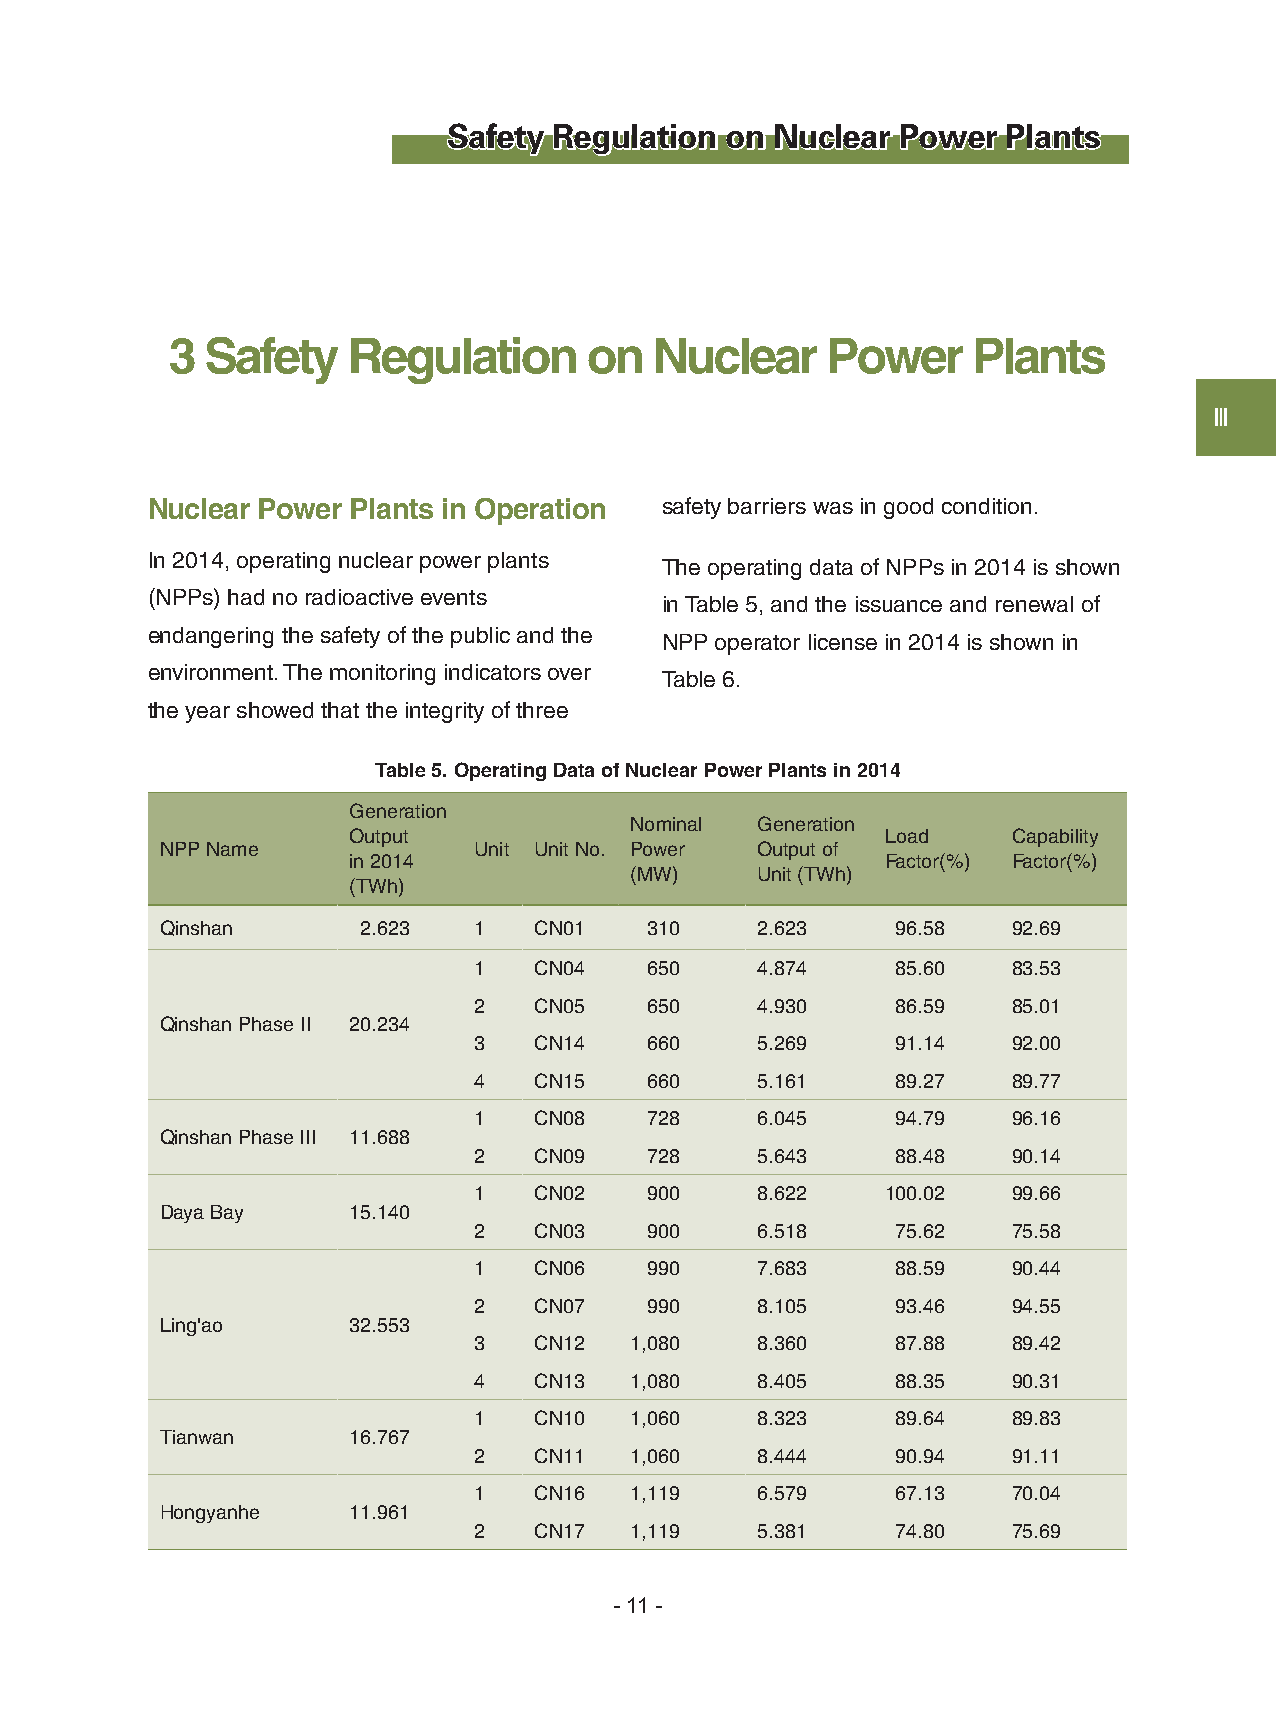
Safety Regulation on Nuclear  Power  Plants
 3  Safety   Regulation      on  Nuclear     Power    Plants
 Ⅲ
 Nuclear Power Plants in Operation safety barriers was in good condition.
 In 2014, operating nuclear power plants
 The operating data of NPPs in 2014 is shown
 (NPPs) had no radioactive events
 in Table 5, and the issuance and renewal of
 endangering the safety of the public and the
 NPP operator license in 2014 is shown in
 environment. The monitoring indicators over
 Table 6.
 the year showed that the integrity of three
 Table 5. Operating Data of Nuclear Power Plants in 2014
 Generation
 Nominal Generation
 Output                              Load    Capability
 NPP Name            Unit Unit No. Power Output of
 in 2014                             Factor(%) Factor(%)
 (MW)    Unit (TWh)
 (TWh)
 Qinshan      2.623  1   CN01    310    2.623    96.58   92.69
 1   CN04    650    4.874    85.60   83.53
 2   CN05    650    4.930    86.59   85.01
 Qinshan Phase II 20.234
 3   CN14    660    5.269    91.14   92.00
 4   CN15    660    5.161    89.27   89.77
 1   CN08    728    6.045    94.79   96.16
 Qinshan Phase III 11.688
 2   CN09    728    5.643    88.48   90.14
 1   CN02    900    8.622    100.02  99.66
 Daya Bay    15.140
 2   CN03    900    6.518    75.62   75.58
 1   CN06    990    7.683    88.59   90.44
 2   CN07    990    8.105    93.46   94.55
 Ling'ao     32.553
 3   CN12   1,080   8.360    87.88   89.42
 4   CN13   1,080   8.405    88.35   90.31
 1   CN10   1,060   8.323    89.64   89.83
 Tianwan     16.767
 2   CN11   1,060   8.444    90.94   91.11
 1   CN16   1,119   6.579    67.13   70.04
 Hongyanhe   11.961
 2   CN17   1,119   5.381    74.80   75.69
 - 11 -